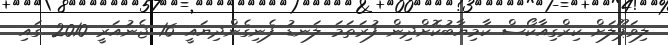
ލިވަޕޫލަށް ކިރްގިއާކޯސް ކާމިޔާބުކޮށްދިން ފުރަތަމަ ލަނޑު ފެނިގެންދިޔައީ 16 ޖެނުއަރީ 2010 ގައި